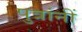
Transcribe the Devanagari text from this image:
पुत्रांनीं